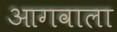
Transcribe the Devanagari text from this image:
आगवाला